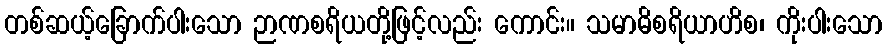
တစ်ဆယ့်ခြောက်ပါးသော ဉာဏစရိယတို့ဖြင့်လည်း ကောင်း။ သမာဓိစရိယာဟိစ၊ ကိုးပါးသော